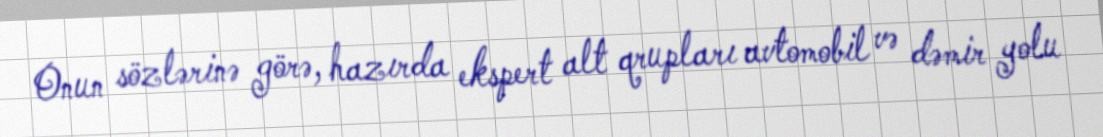
Onun sözlərinə görə, hazırda ekspert alt qrupları avtomobil və dəmir yolu